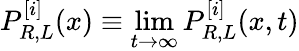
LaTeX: P_{R,L}^{[i]}(x)\equiv\operatorname*{lim}_{t\rightarrow\infty}P_{R,L}^{[i]}(x,t)